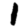
Digit: 1